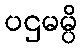
ပဌမမ္ပိ